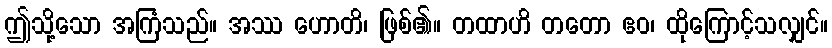
ဤသို့သော အကြံသည်။ အဿ ဟောတိ၊ ဖြစ်၏။ တထာဟိ တတော ဧဝ၊ ထိုကြောင့်သလျှင်။